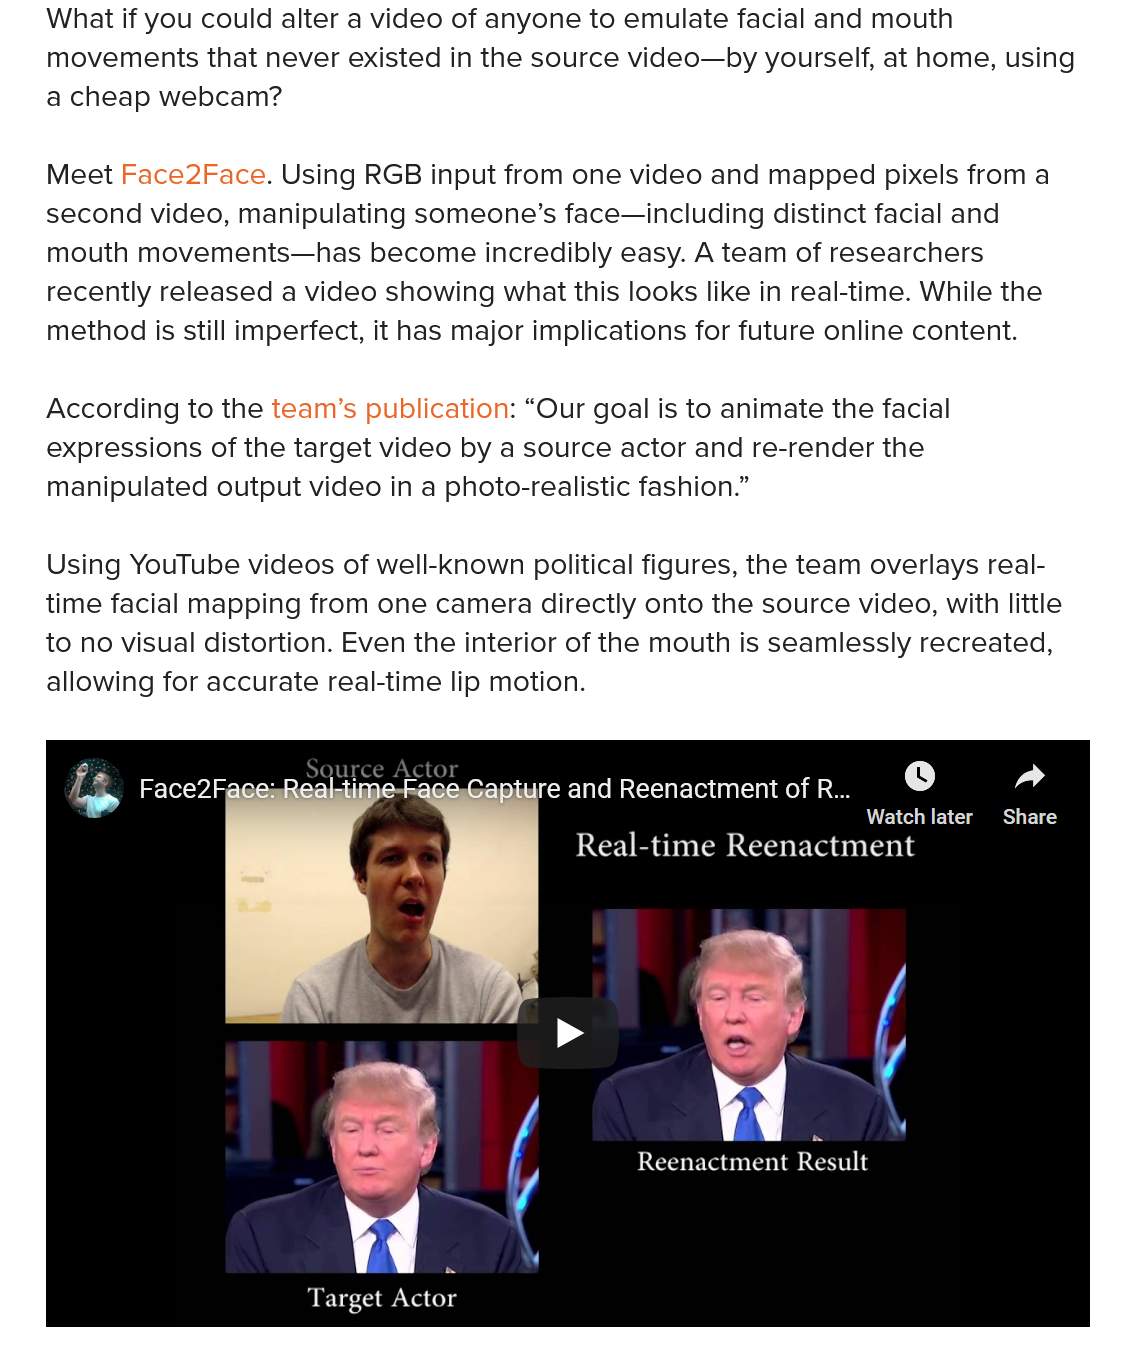
What if you could alter a video of anyone to emulate facial and mouth
    movements that never existed in the source video—by yourself, at home, using
    a cheap webcam?
    Meet Face2Face. Using RGB input from one video and mapped pixels from a
    second video, manipulating someone's face—including distinct facial and
    mouth movements—has   become incredibly easy. A team of researchers
    recently released a video showing what this looks like in real-time. While the
    method is still imperfect, it has major implications for future online content.
    According to the team’s publication: “Our goal is to animate the facial
    expressions of the target video by a source actor and re-render the
    manipulated output video in a photo-realistic fashion.”
    Using YouTube videos of well-known political figures, the team overlays real-
    time facial mapping from one camera directly onto the source video, with little
    to no visual distortion. Even the interior of the mouth is seamlessly recreated,
    allowing for accurate real-time lip motion.
     Face2FacesReal-time-racesGapiure and Reenactment of R...
     Watch later Share

     re and Reenactment of R...
     A    a
     DEN a iC mS Led
     Real-time  Reenactment
     ft
     BYroeteKoeseCoet mete g

     Be leiatace